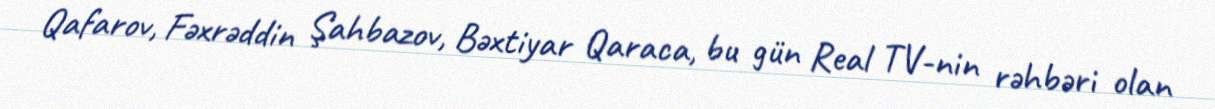
Qafarov, Fəxrəddin Şahbazov, Bəxtiyar Qaraca, bu gün Real TV-nin rəhbəri olan